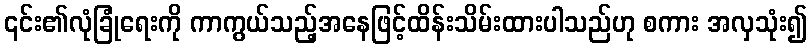
၎င်း၏လုံခြုံရေးကို ကာကွယ်သည့်အနေဖြင့်ထိန်းသိမ်းထားပါသည်ဟု စကား အလှသုံး၍